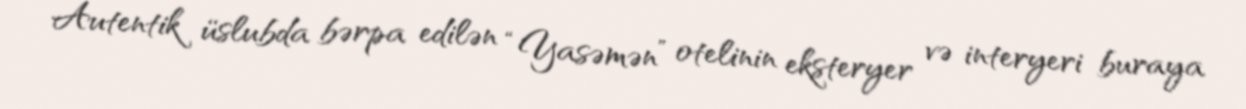
Autentik üslubda bərpa edilən “Yasəmən” otelinin eksteryer və interyeri buraya